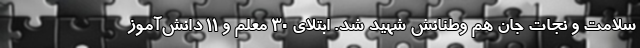
سلامت و نجات جان هم وطنانش شهید شد. ابتلای 30 معلم و 11 دانش‌آموز